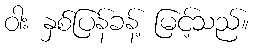
ဝါး နှစ်ပြန်ခန့် မြင့်သည်။